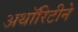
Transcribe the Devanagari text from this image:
अथॉरिटीने